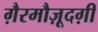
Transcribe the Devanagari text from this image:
ग़ैरमौज़ूदग़ी